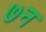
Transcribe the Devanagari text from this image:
७न